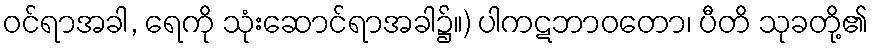
ဝင်ရာအခါ, ရေကို သုံးဆောင်ရာအခါ၌။) ပါကဋဘာဝတော၊ ပီတိ သုခတို့၏